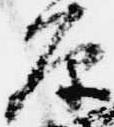
原